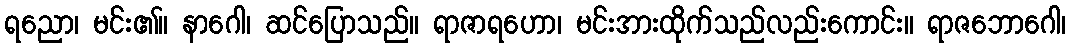
ရညော၊ မင်း၏။ နာဂေါ၊ ဆင်ပြောသည်။ ရာဇာရဟော၊ မင်းအားထိုက်သည်လည်းကောင်း။ ရာဇဘောဂေါ၊